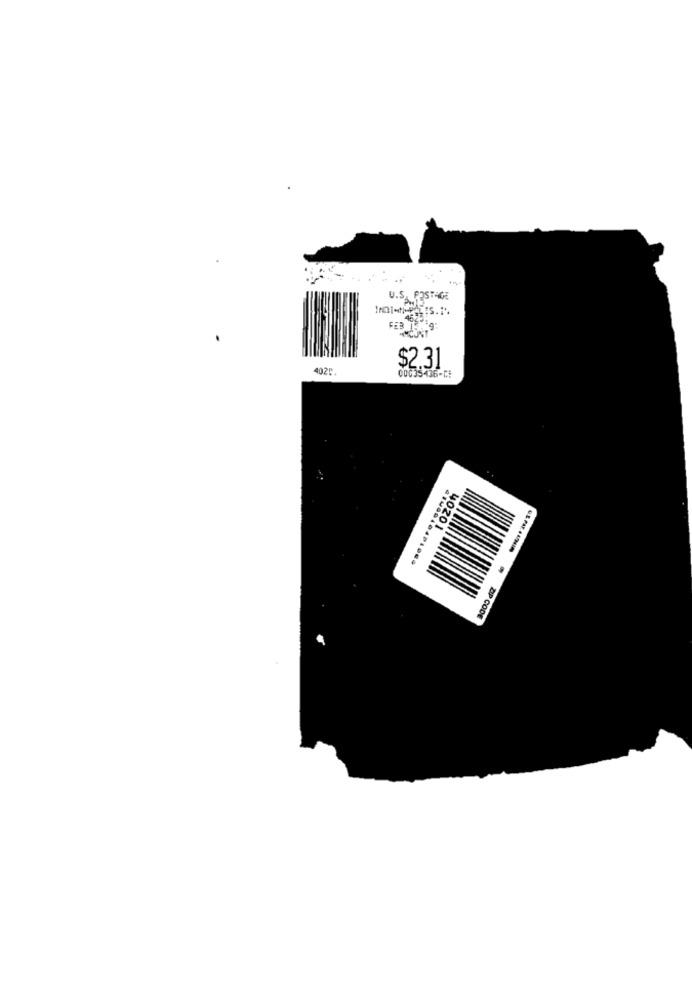
U.S. POSTAGE
FEB
4020
$2.31
00035436-CE
40201
.............
DIP CODE